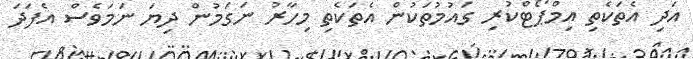
އަދި އެތަކެތި އިމްޕޯޓްކުރި ގައުމުތަކުން އެތަކެތި މިހާރު ނަގަމުން ދިޔަ ނަމަވެސް އެފަދަ